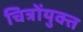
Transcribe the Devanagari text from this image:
चित्रोंयुक्त